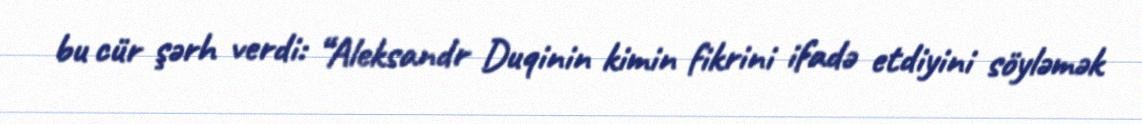
bu cür şərh verdi: “Aleksandr Duqinin kimin fikrini ifadə etdiyini söyləmək